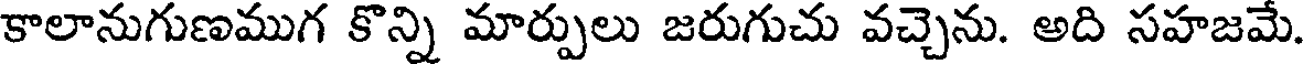
కాలానుగుణముగ కొన్ని మార్పులు జరుగుచు వచ్చెను. అది సహజమే.